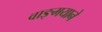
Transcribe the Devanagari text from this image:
वाङ्मयाने